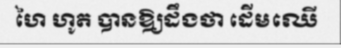
ហៃ ហូត បានឱ្យដឹងថា ដើមឈើ